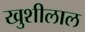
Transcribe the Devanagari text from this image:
खुशीलाल